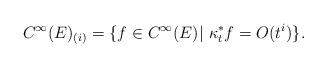
LaTeX: \begin{align*} C^\infty(E)_{(i)}=\{f\in C^\infty(E)|\ \kappa_t^*f=O(t^i)\}.\end{align*}